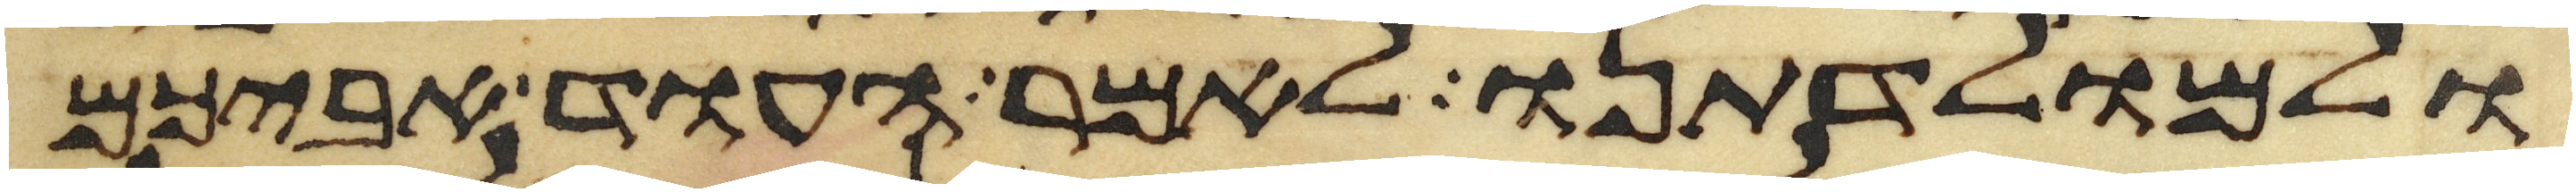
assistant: ולמולדתנו לאמר העוד אביכם